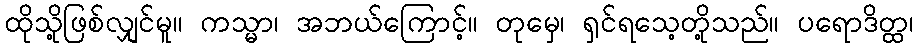
ထိုသို့ဖြစ်လျှင်မူ။ ကသ္မာ၊ အဘယ်ကြောင့်။ တုမှေ၊ ရှင်ရသေ့တို့သည်။ ပရောဒိတ္ထ၊